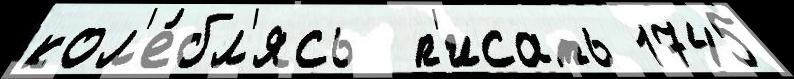
кол'е́бл'ясь  п'исать 1745